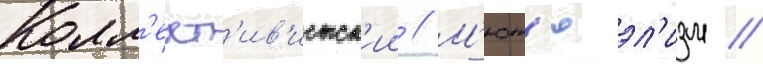
Колл'ект'ив'истск'ии // М'ют'юэл'изм //